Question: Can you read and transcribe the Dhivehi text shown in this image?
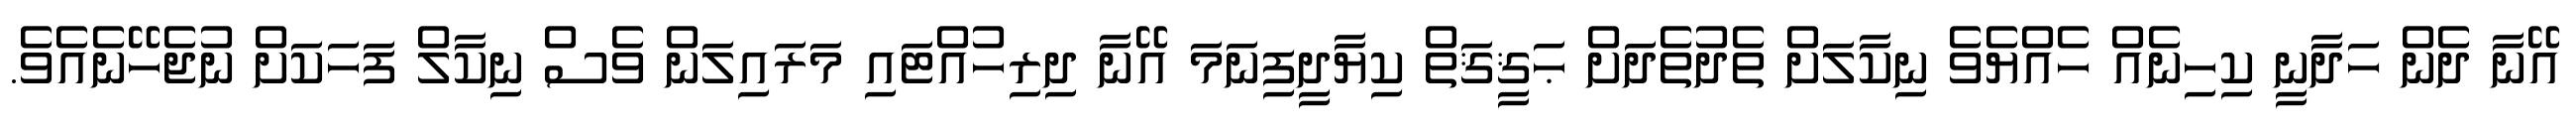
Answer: އޭނާ ދެން ހަދާނީ ކިހިނެއް ހެއްޔެވެ ނިކާލަށް ތެދުތެދަށް ޙަޤީޤަތް ކިޔާދީފިނަމަ އޭނާ ދިރިހުއްޓައި މަރައިލަން ވެސް ނިކާލް ފަހަކަށް ނުޖެހޭނެއެވެ.